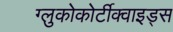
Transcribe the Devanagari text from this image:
ग्लुकोकोर्टीक्वाइड्स